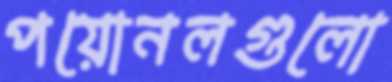
পয়োনলগুলো